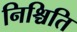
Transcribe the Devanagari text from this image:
निश्चिति